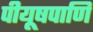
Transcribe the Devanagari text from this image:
पीयूषपाणि